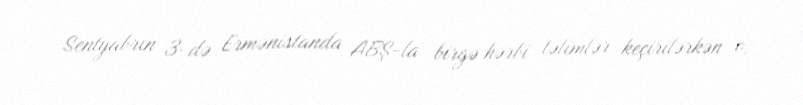
Sentyabrın 3-də Ermənistanda ABŞ-la birgə hərbi təlimlər keçirilərkən o,